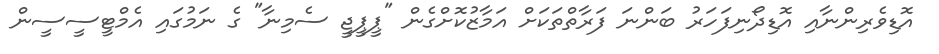
އޮޑިވެރިންނާއި އޮޑިދޯނިފަހަރު ބަންނަ ފަރާތްތަކަށް އަމާޒުކޮށްގެން "ޕީޕީޖީ ސެމިނާ" ގެ ނަމުގައި އެމްޓީސީސީން